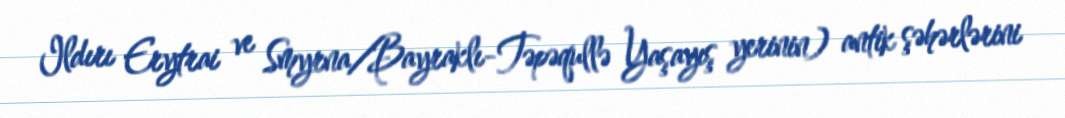
Ildırı Erytrai ve Smyrna/Bayraklı-Təpəqullə Yaşayış yerinin) antik şəhərlərini